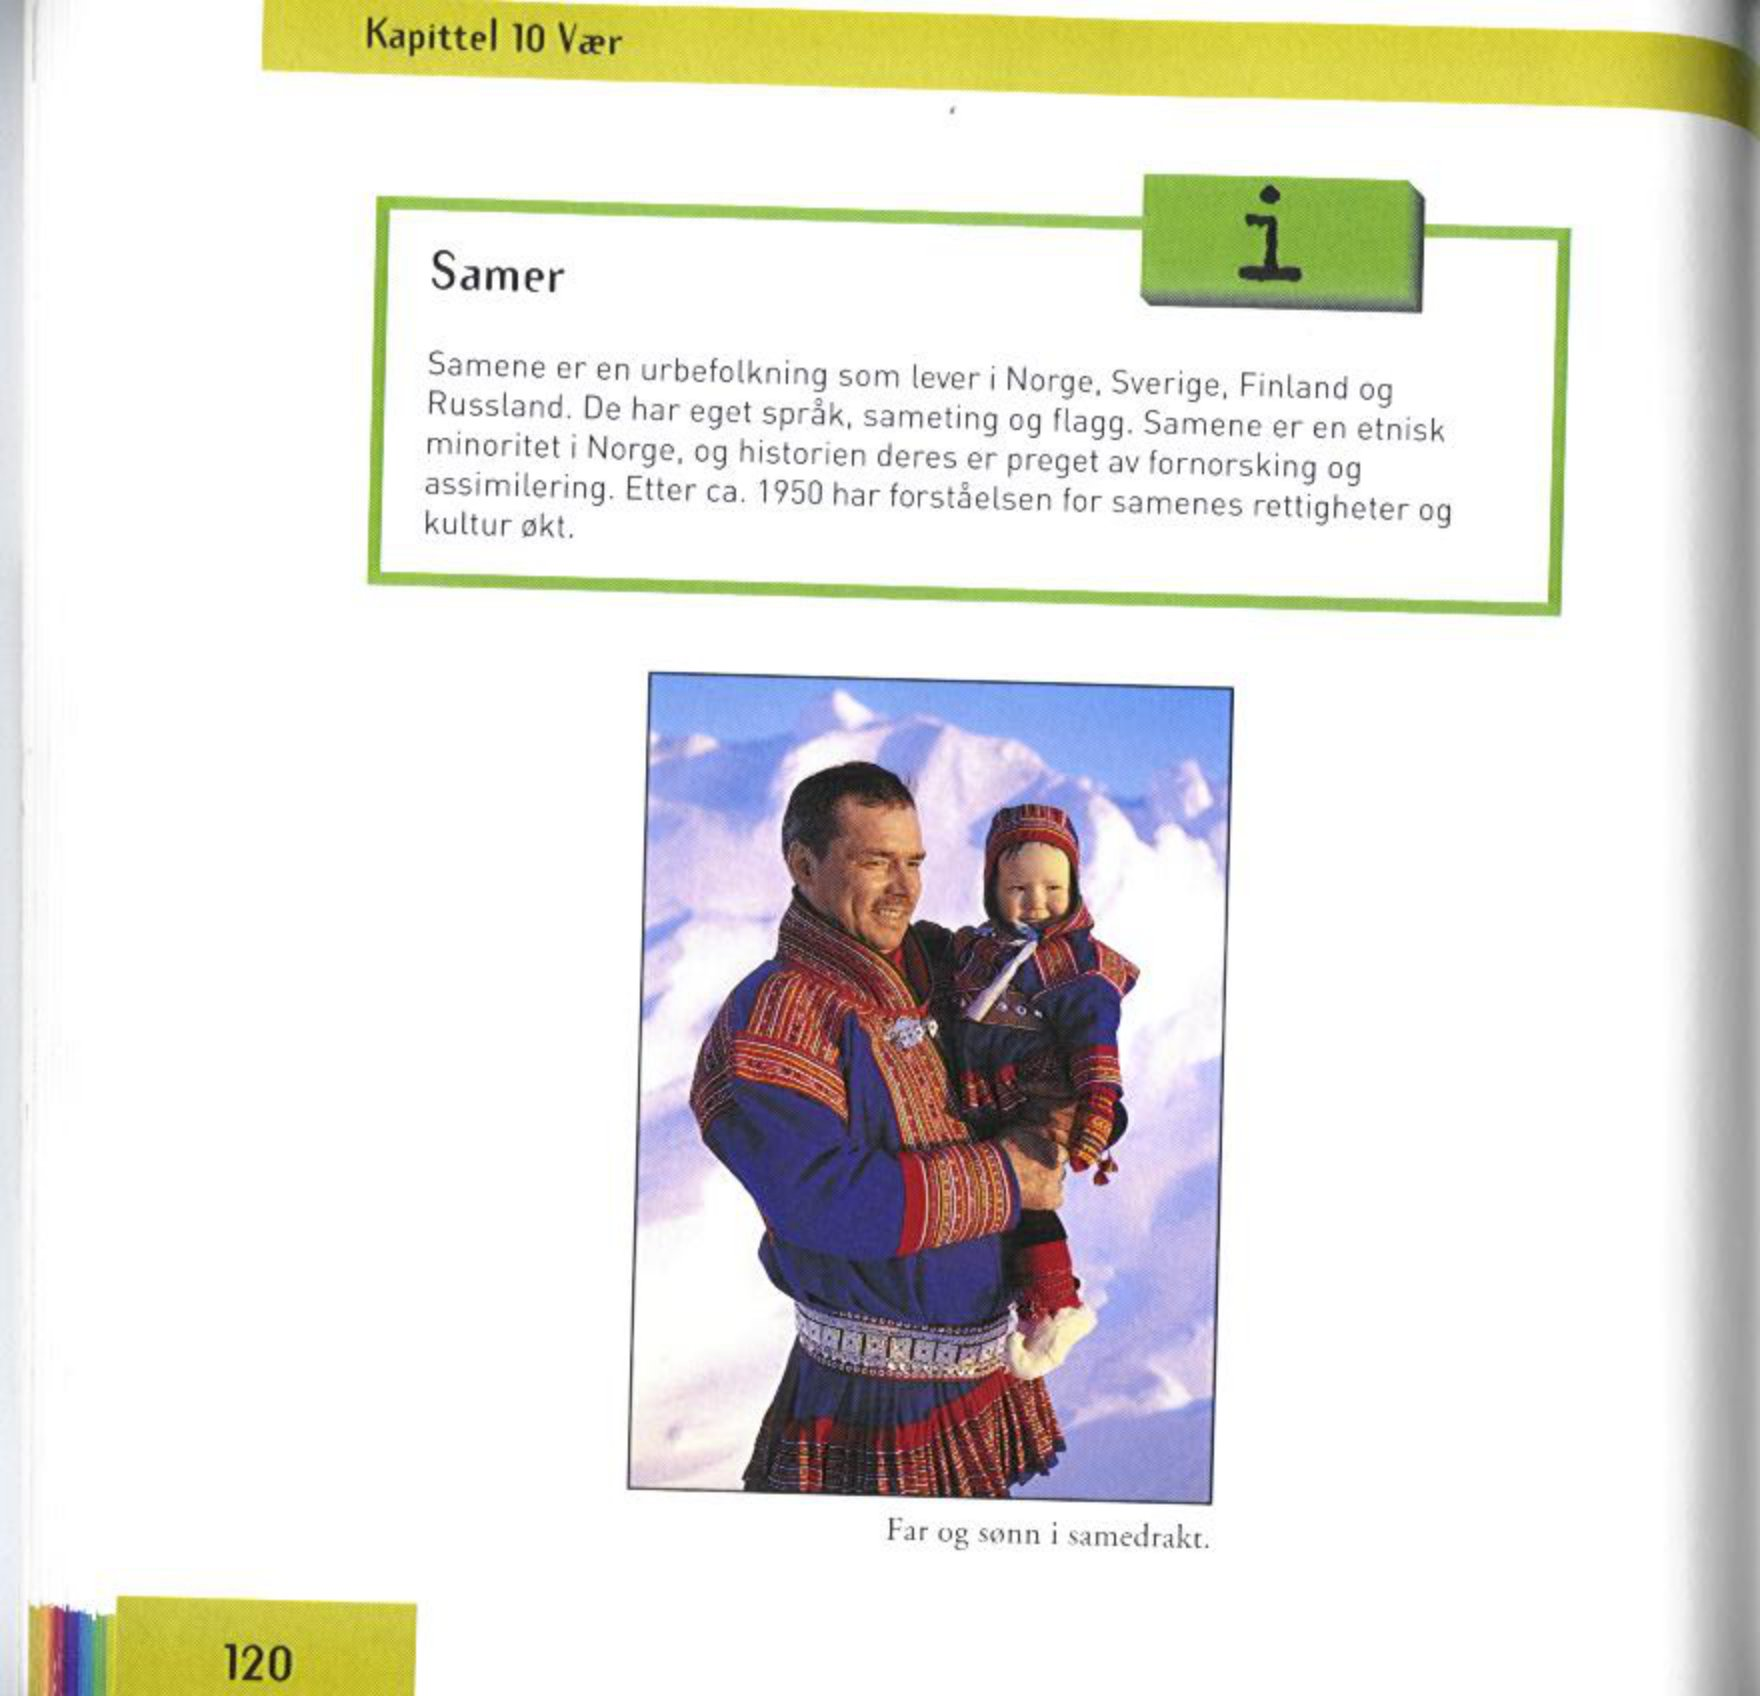
Language: no